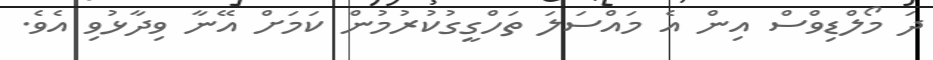
ދަ މޯލްޑިވްސް އިން އެ މައްސަލަ ތަހްގީގުކުރުމުން ކަމަށް އޭނާ ވިދާޅުވި އެވެ.